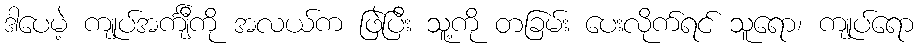
ဒါပေမဲ့ ကျုပ်အင်္ကျီကို အလယ်က ဖြဲပြီး သူ့ကို တခြမ်း ပေးလိုက်ရင် သူရော၊ ကျုပ်ရော